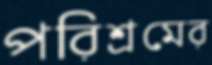
পরিশ্রমের